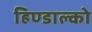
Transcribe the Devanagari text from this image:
हिण्डाल्को